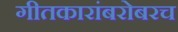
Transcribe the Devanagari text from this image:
गीतकारांबरोबरच